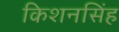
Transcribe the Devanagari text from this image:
किशनसिंह